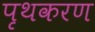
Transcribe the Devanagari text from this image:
पृथकरण